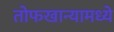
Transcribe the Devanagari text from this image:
तोफखान्यामध्ये